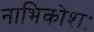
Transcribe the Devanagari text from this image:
नाभिकोशः